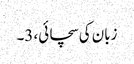
زبان کی سچائی، 3۔